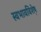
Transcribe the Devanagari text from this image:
स्वभावविशे़ष